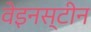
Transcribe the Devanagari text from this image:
वेइनस्टीन